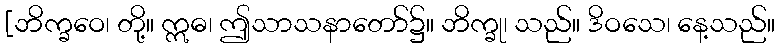
[ဘိက္ခဝေ၊ တို့။ ဣဓ၊ ဤသာသနာတော်၌။ ဘိက္ခု၊ သည်။ ဒိဝသေ၊ နေ့သည်။